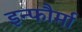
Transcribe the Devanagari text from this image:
इन्फौर्मा